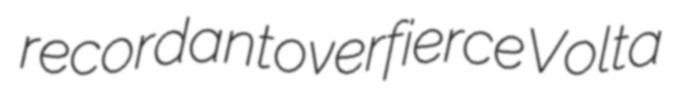
recordant overfierce Volta